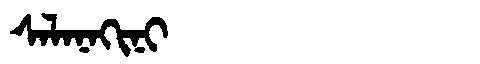
Manchu: ᠰᠠᠯᠠᠨᠠᡴᡳᠨᡳ
Romanization: SALANAKINI